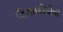
વિગતદોષોની